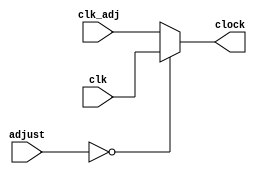
`timescale 1ns / 1ps

module select_clock(
	input clk, clk_adj,
	input wire [1:0] adjust,
	output clock
    );

reg clock_reg;

always @* begin
	if (adjust == 0) begin
		clock_reg = clk;
	end
	else begin //if (adjust) begin
		clock_reg = clk_adj;
	end
end

assign clock = clock_reg;

endmodule